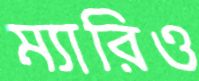
ম্যারিও